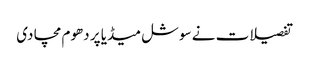
تفصیلات نے سوشل میڈیا پر دھوم مچا دی